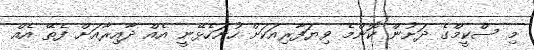
މި ސްކީމްގެ ދަށުން ކޮންމެ ވިޔަފާރިއަކަށް ހުށަހެޅޭނީ އެއް ދާއިރާއަށް ފެތޭ އެއް